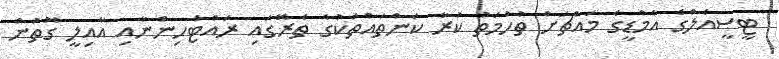
ޓީސީއެލްގެ އެމްޑީގެ މައްޗަށް ތުހުމަތު ކުރާ ކަންތައްތަކުގެ ތެރޭގައި ރައްޓެހިންނާއި އާއިލީ ގޮތުން